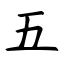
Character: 五